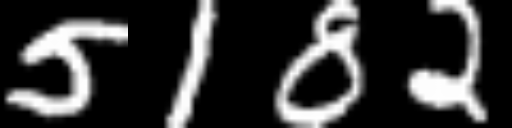
Text: 5182